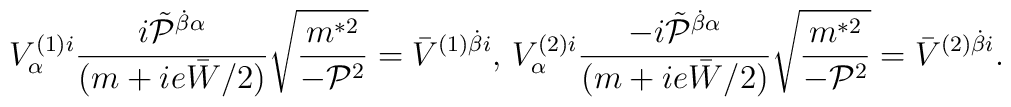
{\displaystyle V^{(1)i}_\alpha\frac{i\tilde{\cal P}^{\dot\beta\alpha}}{(m+ie\bar W/2)}\sqrt{\frac{m^{*2}}{-{\cal P}^2}}=\bar V^{(1)\dot\beta i}\mbox{,  }V^{(2)i}_\alpha\frac{-i\tilde{\cal P}^{\dot\beta\alpha}}{(m+ie\bar W/2)}\sqrt{\frac{m^{*2}}{-{\cal P}^2}}=\bar V^{(2)\dot\beta i}}.